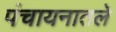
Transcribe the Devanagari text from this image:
पंचायनातले